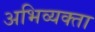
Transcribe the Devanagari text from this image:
अभिव्यक्ता